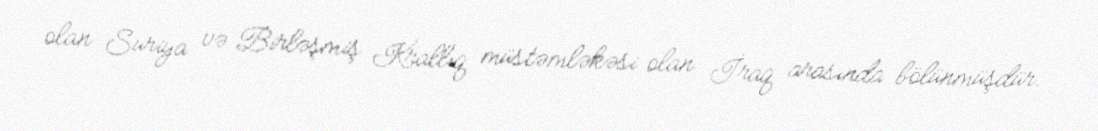
olan Suriya və Birləşmiş Krallıq müstəmləkəsi olan İraq arasında bölünmüşdür.